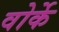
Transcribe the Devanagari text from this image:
वोर्के